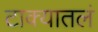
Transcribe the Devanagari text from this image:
टाक्यातलं